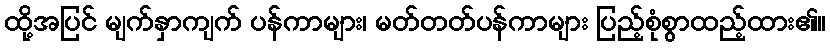
ထို့အပြင် မျက်နှာကျက် ပန်ကာများ၊ မတ်တတ်ပန်ကာများ ပြည့်စုံစွာထည့်ထား၏။